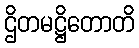
ဌိတမဋ္ဌိတောတိ